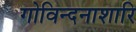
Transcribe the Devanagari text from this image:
गोविन्दनाशारि